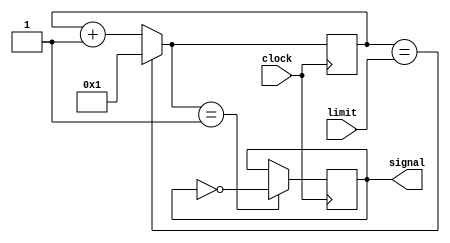
`timescale 1ns / 1ps
//////////////////////////////////////////////////////////////////////////////////
// Company: 
// Engineer: 
// 
// Design Name: 
// Module Name: clock_freq
// Project Name: 
// Target Devices: 
// Tool Versions: 
// Description: 
// 
// Dependencies: 
// 
// Revision:
// Revision 0.01 - File Created
// Additional Comments:
// 
//////////////////////////////////////////////////////////////////////////////////


module clock_freq(
    input clock,
    input [31:0] limit,
    output reg signal = 0
    );
    
    reg [31:0] count = 1;
    
    always @ (posedge clock) begin
        count = (count == limit) ? 1 : count + 1;
        signal = (count == 1) ? ~signal : signal;
    end
endmodule